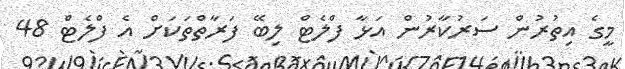
މީގެ އިތުރުން ސަރުކާރުން އަޅާ ފްލެޓް ލިބޭ ފަރާތްތަކަށް އެ ފްލެޓް 48